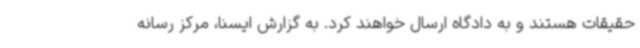
حقیقات هستند و به دادگاه ارسال خواهند کرد. به گزارش ایسنا، مرکز رسانه